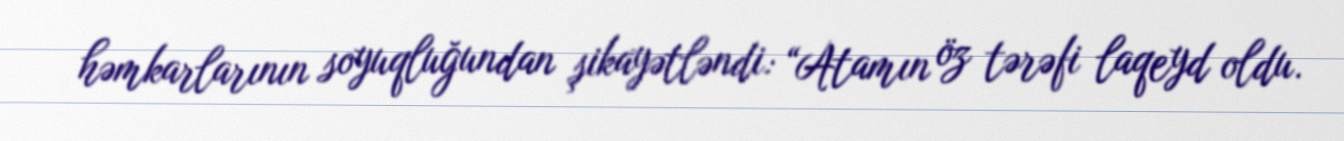
həmkarlarının soyuqluğundan şikayətləndi: “Atamın öz tərəfi laqeyd oldu.